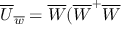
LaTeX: \overline { { { U } } } _ { \overline { { { w } } } } = \overline { { { W } } } ( \overline { { { W } } } ^ { + } \overline { { { W } } }